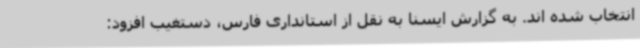
انتخاب شده اند. به گزارش ایسنا به نقل از استانداری فارس، دستغیب افزود: